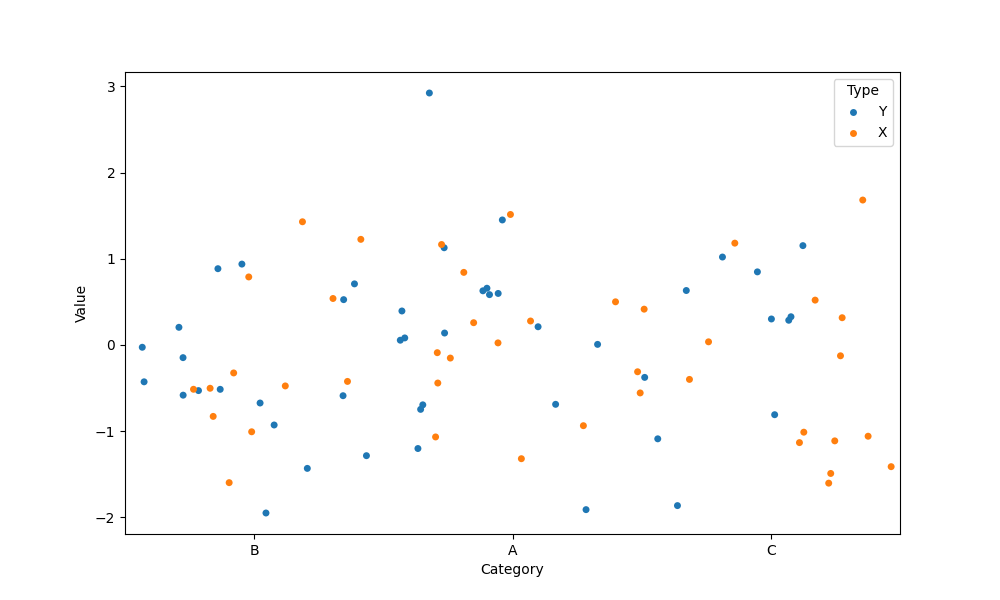
python, seaborn, stripplot, jitter=True, dodge=True, alpha=1.0, size=5